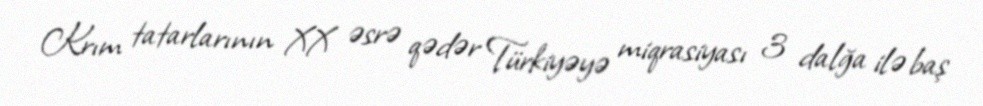
Krım tatarlarının XX əsrə qədər Türkiyəyə miqrasiyası 3 dalğa ilə baş